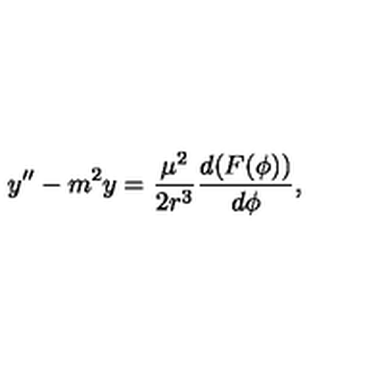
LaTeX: y ^ { \prime \prime } - m ^ { 2 } y = { \frac { \mu ^ { 2 } } { 2 r ^ { 3 } } } { \frac { d ( F ( \phi ) ) } { d \phi } } ,